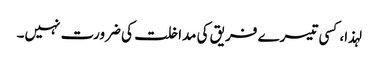
لہذا، کسی تیسرے فریق کی مداخلت کی ضرورت نہیں۔